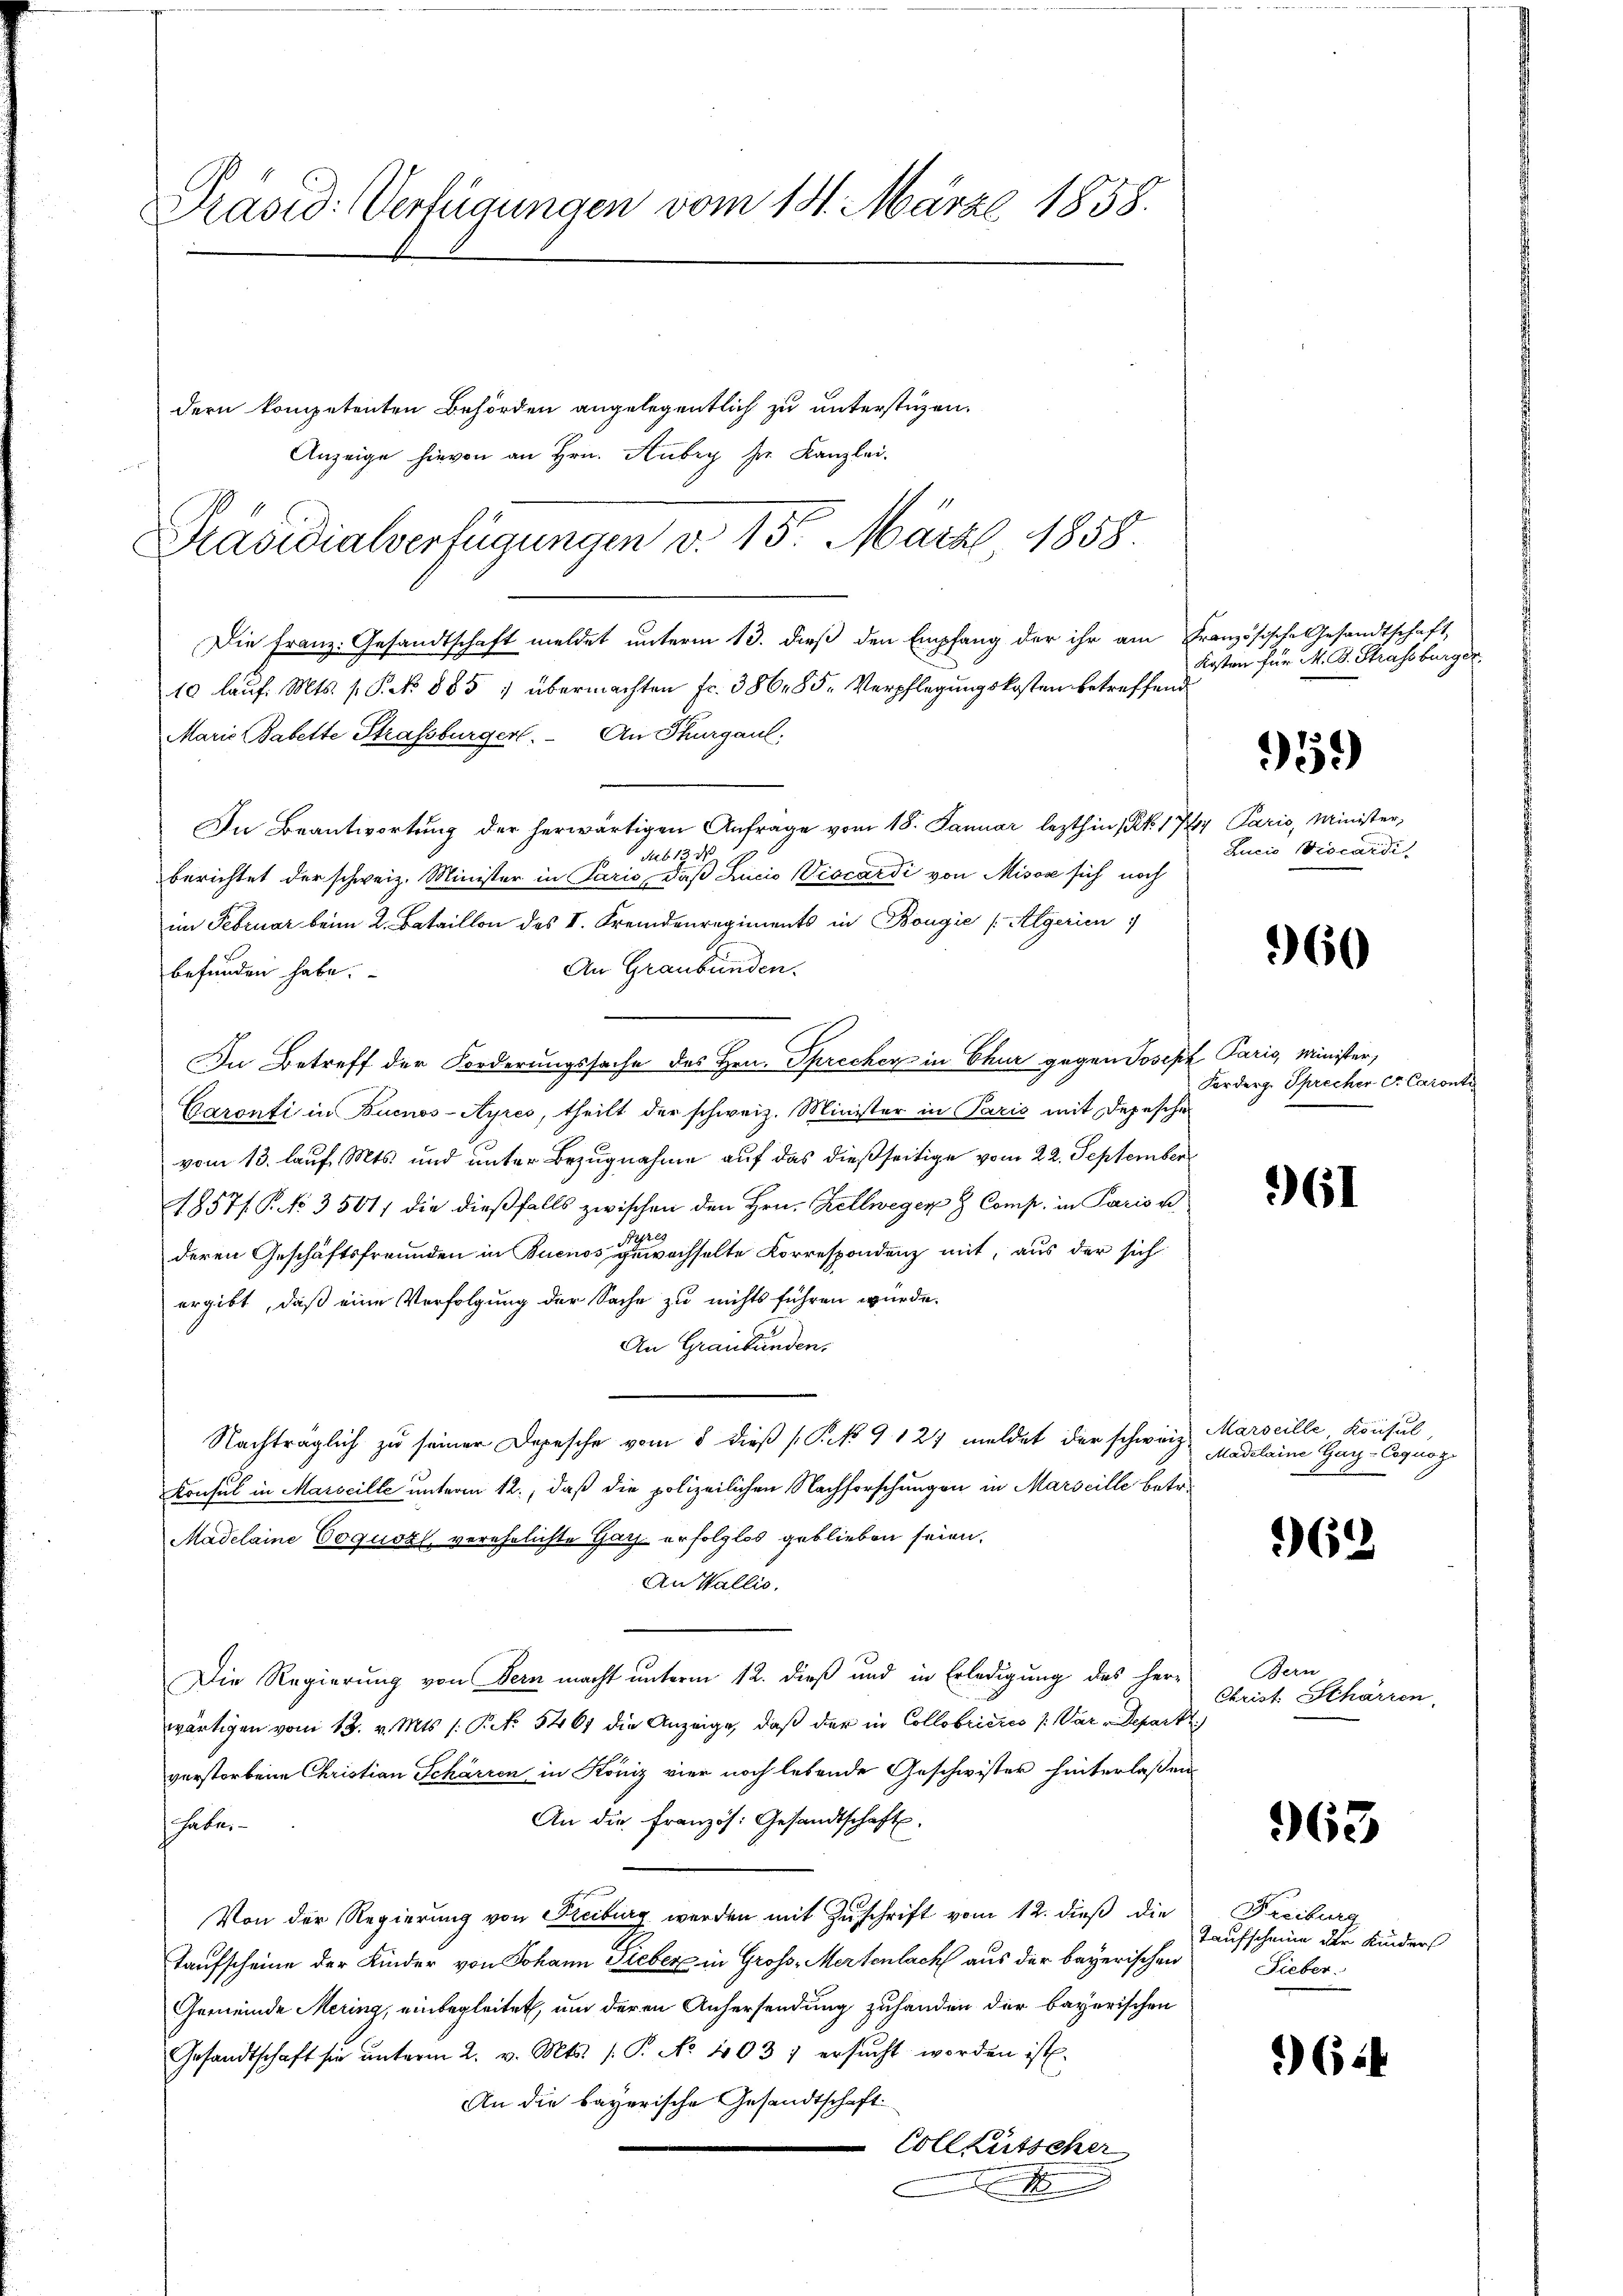
Präsid. Verfügungen vom 14. März 1858.
dern kompetenten Behörden angelegentlich zu unterstüzen.
Anzeige hievon an Hrn. Aubry herr Kanzlei.

Präsidialverfügungen v. 15. März 1858.
Die Franz: Gesandtschaft meldet unterm 13. dieß den Empfang der ihr am Französische Gesandtschaft,
10 lauf. Mts. s. Frk. 885 : übermachten Fr. 386, 85. Verpflegungskosten betreffend
Marie Babette Strassburgerl. An Thurgaul:
.
Sub 12 d
berichtet der schweiz. Minister in Paris, daß Lucio Viccardi von Misox sich noch
im Februar beim 2. Bataillon des I. Fremdenregiments in Bongić [Elgerien
An Graubünden.
befunden habe.
In Betreff der Forderungssache des Hrn. Sprecher in Chur gegen Joseph Paris, Minister,
Caronti in Buenos-Ayres, theilt der schweiz. Minister in Paris mit Depeschen
vom 13. lauf Mts. und unter Bezugnahme auf das dießseitige vom 22. September
1857/ P. NNo. 3501, die dießfalls zwischen den Hrn. Kellwegen Comp. in Paris u
deren Geschäftsfreunden in Buenos gewachselte Korrespondenz mit, aus der sich
ergibt, daß eine Verfolgung der Sache zu nichts führen würde.
An Graubünden.
Nachträglich zu seiner Depesche vom 5 dieß (P. No 912 meldet der schweiz.
Konsul in Marseille unterm 12., daß die polizeilichen Nachforschungen in Marseille betr.
Madelaine Coquozl, verehelichte Garz erfolglos geblieben seien.
An Wallis.
Die Regierung von Bern macht unterm 12. dieß und in Erledigung des Herr
wärtigen vom 13. v. Mts. s. R. 5461 die Anzeige, daβ der in Collobricies /: Var Depart
verstorbene Christian Schärren in Köniz vier noch lebende Geschwister hinterlaßen
An die Französ. Gesandtschaft.
huber
Von der Regierung von Freiburg werden mit Zuschrift vom 12. dieß die
Taufscheine der Kinder von Johann Sieber in Gross-Mertenlach aus der bayerischen
Gemeinde Mering, einbegleitet, um deren Anhersendung zuhanden der bayerischen
Gesandtschaft sie ŭnterm 2. v. Mts. (T. No 403 7 ersŭcht worden ist.
An die bayerische Gesandtschaft.
Colleütscher

In Beantwortung der herwärtigen Anfrage vom 18. Januar lezthin 1 Pkt. 17

Kosten für M. D. Strassburger,
5)
47 Paris, Minister,
Lucio Diocardi

960

Forderg. Sprecher Dr. Caront

261

Marseille Konsul
Madelaine Gar-Cognoz.

362

Bern
Christ. Schärren

963

Freiburg
Taufscheine der Kinders
Sieber.

614